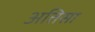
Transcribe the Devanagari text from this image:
अतिसा